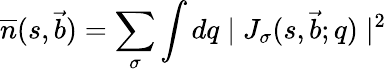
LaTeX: \overline{{{n}}}(s,\vec{b})=\sum_{\sigma}\int dq\mid J_{\sigma}(s,\vec{b};q)\mid^{2}